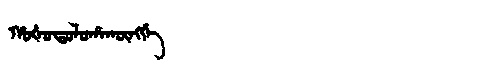
Manchu: ᡥᠣᡧᠣᡨᠣᠯᠣᡥᠠᡴᡡᠩᡤᡝ
Romanization: HOŠOTOLOHAKŪNGGE